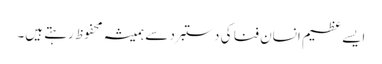
ایسے عظیم انسان فنا کی دستبرد سے ہمیشہ محفوظ رہتے ہیں۔